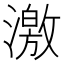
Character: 激